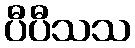
ပီပီသသ